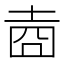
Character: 𱖯